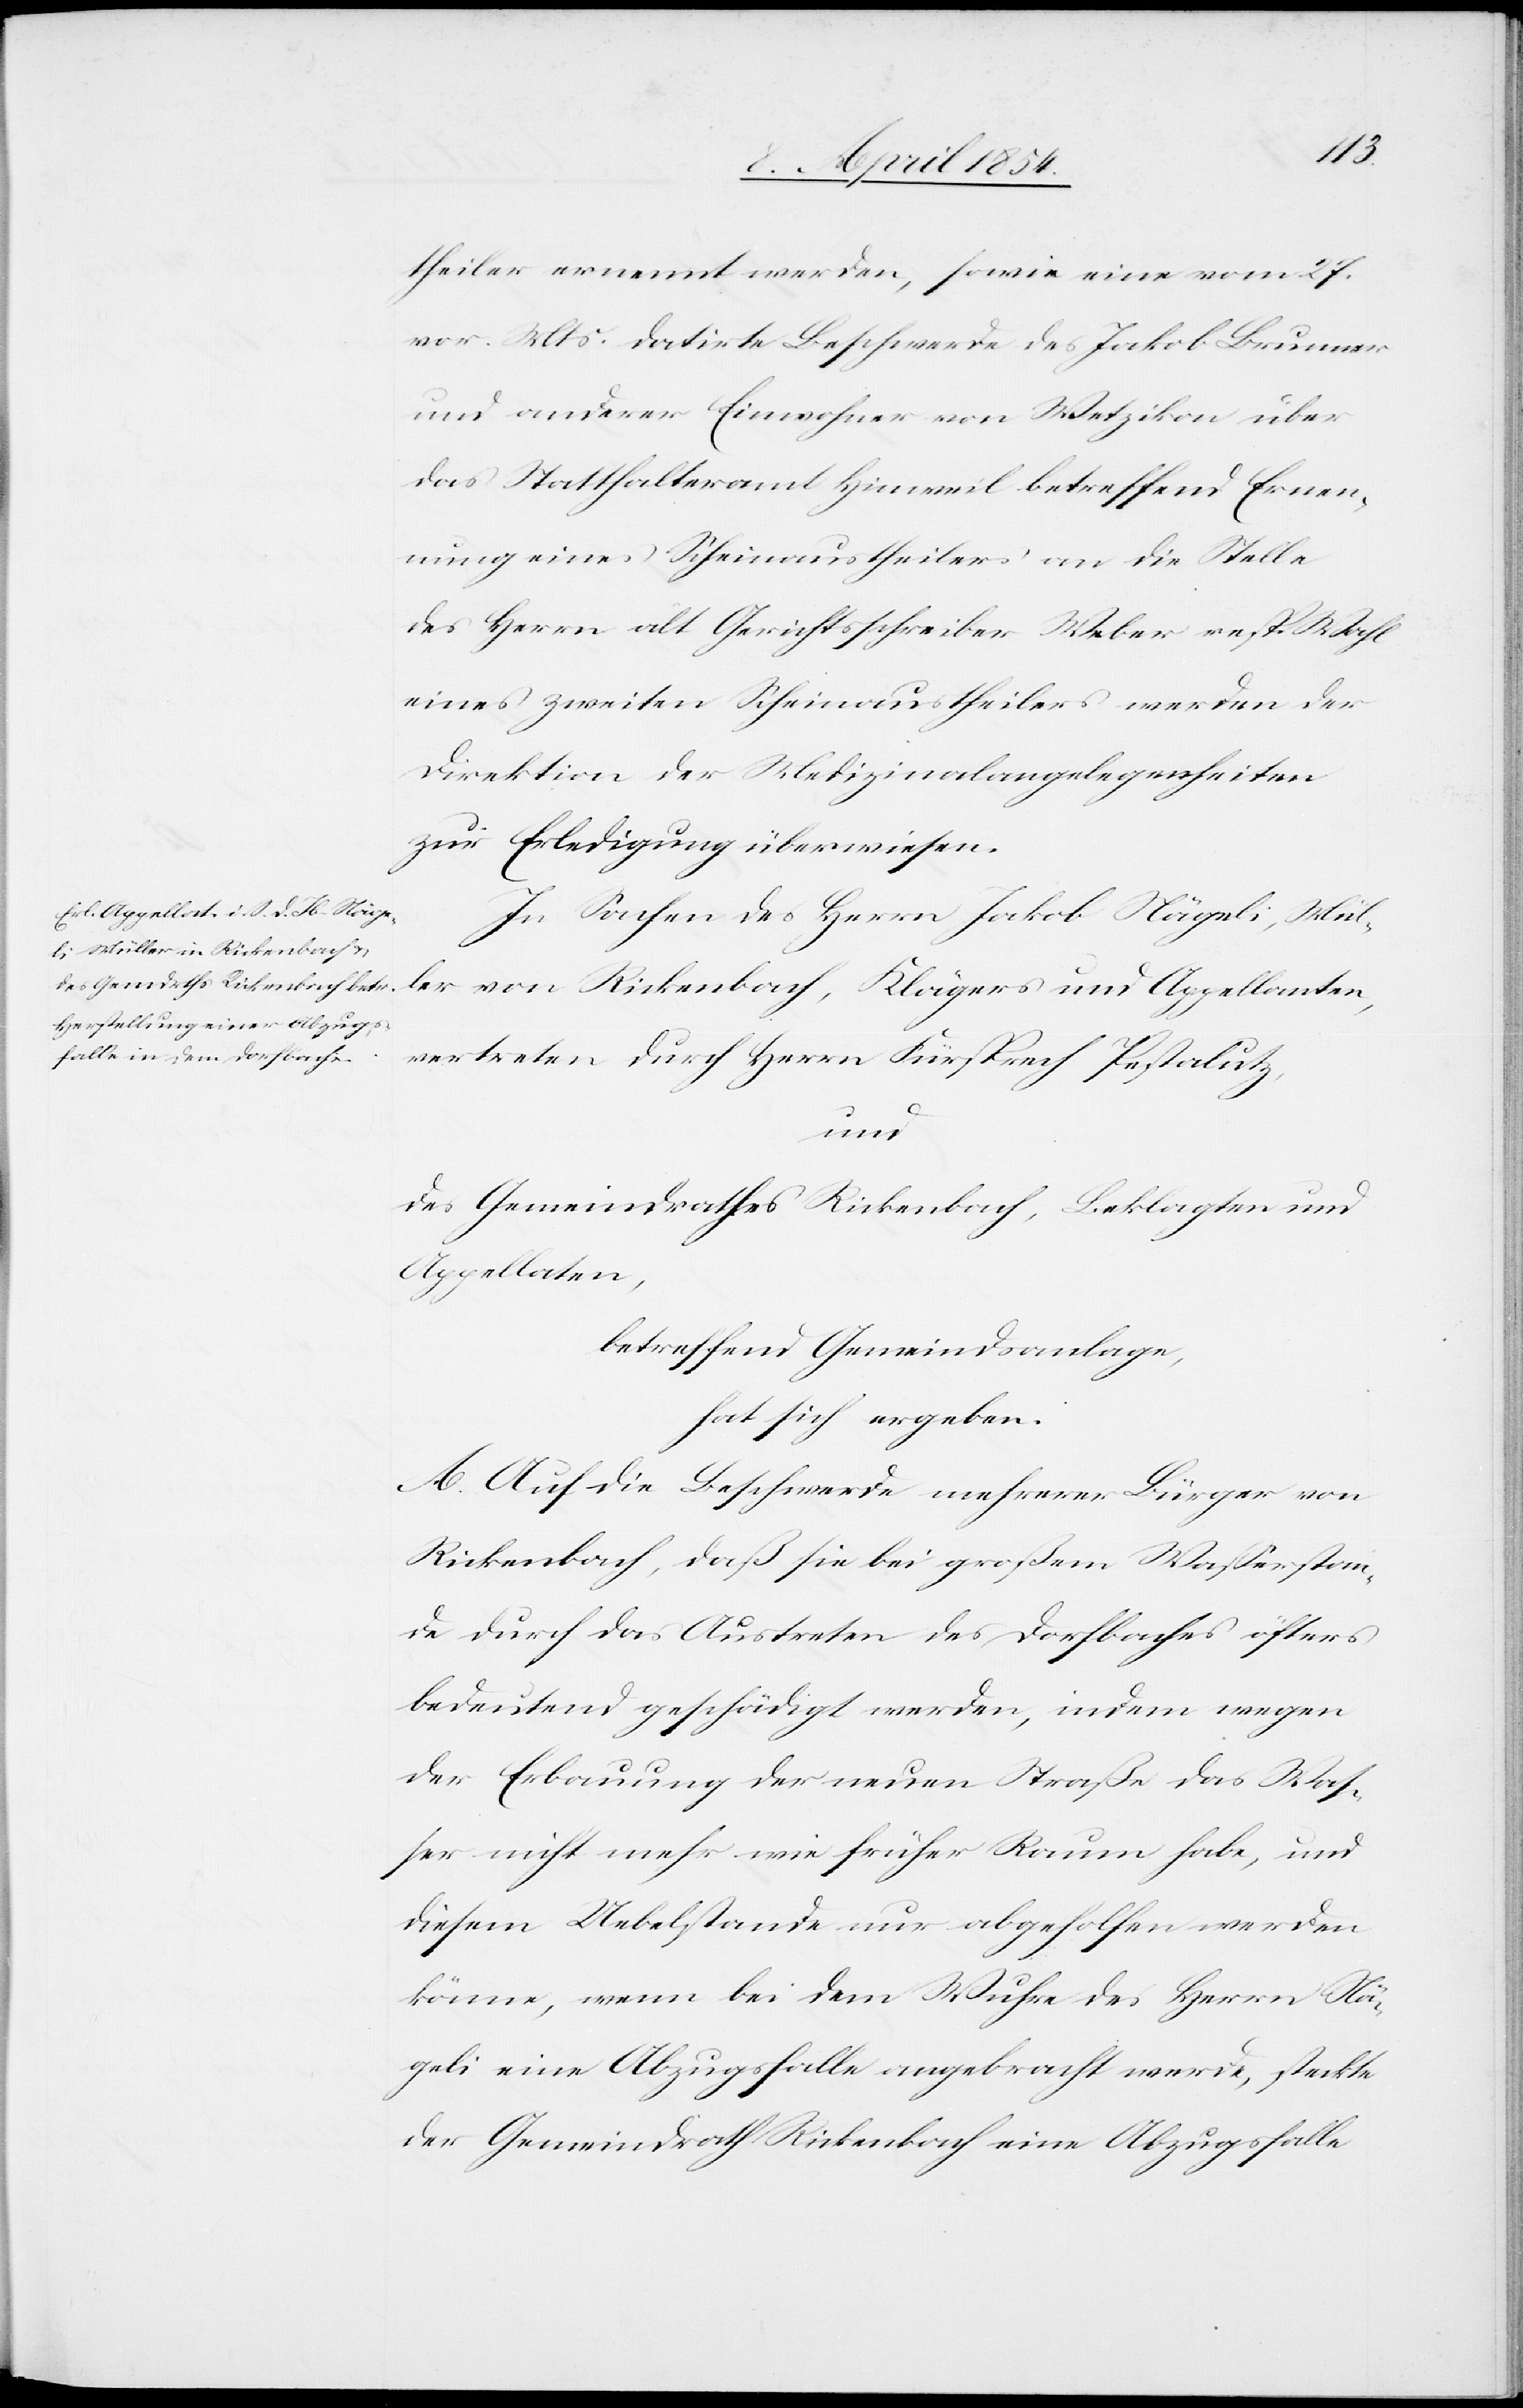
theiler ernennt werden, sowie eine vom 27.
vor. Mts datirte Beschwerde des Jakob Brunner
und anderer Einwohner von Wetzikon über
das Statthalteramt Hinweil, betreffend Erneue¬
rung eines Scheinausteilers an die Stelle
des Herrn alt Gerichtsschreiber Weber resp. Wahl
eines zweiten Scheinaustheilers werden der
Direktion der Medizinalangelegenheiten
zur Erledigung überwiesen.
In Sachen des Herrn Jakob Nägeli, Mül¬
vertreten durch Herrn Fürsprech Pestalutz,
und
des Gemeindrathes Rickenbach, Beklagten und
Appellaten,
betreffend Gemeindsanlage,
hat sich ergeben:
A. Auf die Beschwerde mehrerer Bürger von
Rickenbach, daß sie bei großem Waßerstan¬
de durch das Austreten des Dorfbaches öfters
bedeutend geschädigt werden, indem wegen
der Erbauung der neuen Straße das Was¬
ser nicht mehr wie früher Raum habe, und
diesem Uebelstande nur abgeholfen werden
könne, wenn bei dem Wuhre des Herrn Nä¬
geli eine Abzugsfalle angebracht werde, steckte
der Gemeindrath Rickenbach eine Abzugsfalle